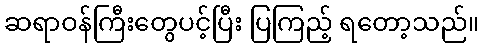
ဆရာဝန်ကြီးတွေပင့်ပြီး ပြကြည့် ရတော့သည်။